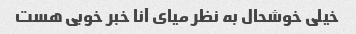
خیلی خوشحال به نظر میای آنا خبر خوبی هست